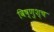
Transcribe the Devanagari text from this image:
विष्णुश्च